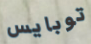
توبايس